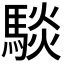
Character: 𮪋